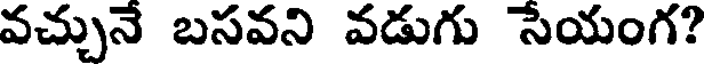
వచ్చునే బసవని వడుగు సేయంగ?